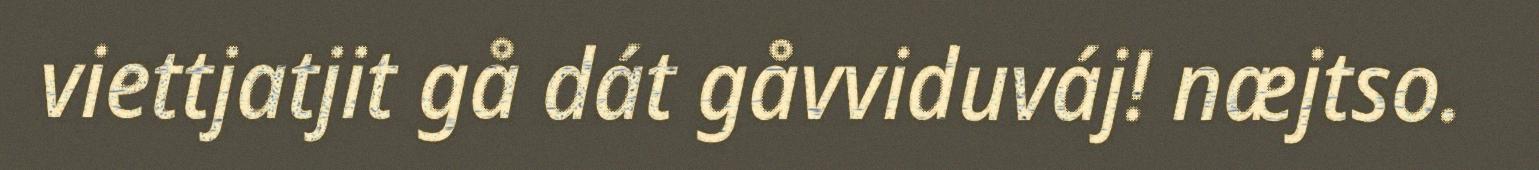
viettjatjit gå dát gåvviduváj! næjtso.